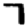
Digit: 7